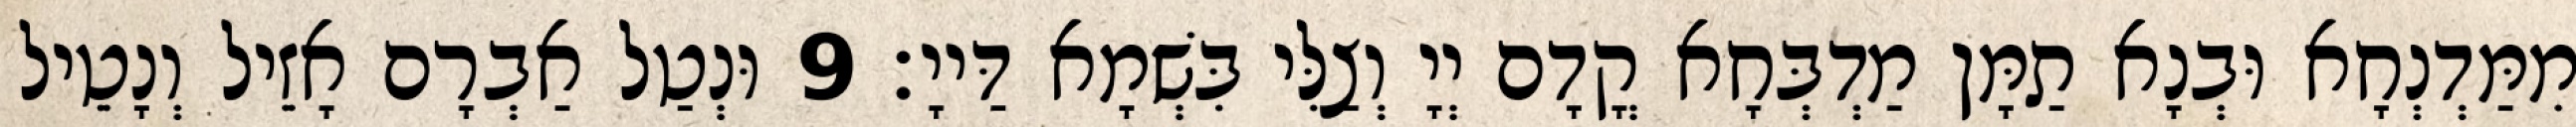
מִמַּדְנְחָא וּבְנָא תַמָּן מַדְבְּחָא קֳדָם יְיָ וְצַלִּי בִּשְׁמָא דַּייָ׃ 9 וּנְטַל אַבְרָם אָזֵיל וְנָטֵיל